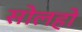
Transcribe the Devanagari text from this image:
सोलहो